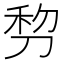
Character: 剓